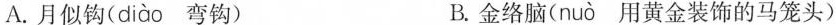
A.月似钩( diao 弯钩) B.金络脑( nuo 用黄金装饰的马笼头)